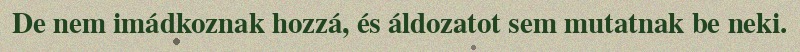
De nem imádkoznak hozzá, és áldozatot sem mutatnak be neki.